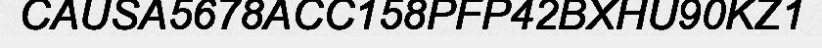
CAUSA5678ACC158PFP42BXHU90KZ1